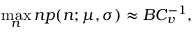
\operatorname* { m a x } _ { n } n p ( n ; \mu , \sigma ) \approx B C _ { v } ^ { - 1 } ,